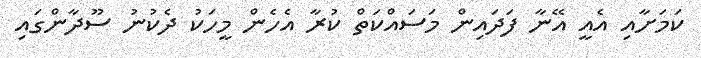
ކަމަށާއި އެއީ އޭނާ ފަދައިން މަސައްކަތް ކުރާ އެހެން މީހަކު ދެކުނު ސޫދާންގައި